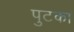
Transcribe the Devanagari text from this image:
पुटका